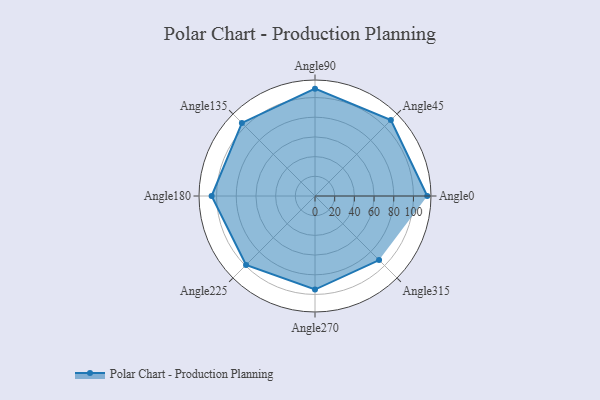
{"axis": {"x": "Angle", "y": "Radius"}, "legend": [""], "data": [{"x": "Angle0", "y": 114.0, "type": ""}, {"x": "Angle45", "y": 109.0, "type": ""}, {"x": "Angle90", "y": 109.0, "type": ""}, {"x": "Angle135", "y": 105.0, "type": ""}, {"x": "Angle180", "y": 105.0, "type": ""}, {"x": "Angle225", "y": 99.0, "type": ""}, {"x": "Angle270", "y": 95.0, "type": ""}, {"x": "Angle315", "y": 92.0, "type": ""}]}